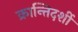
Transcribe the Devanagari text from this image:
क्रान्तिदर्शी